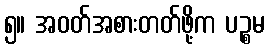
၅။ အဝတ်အစားတတ်ဖို့က ပဉ္စမ